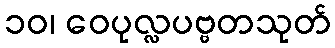
၁၀၊ ဝေပုလ္လပဗ္ဗတသုတ်